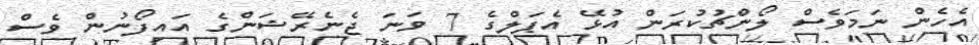
އެހެން ނަމަވެސް ލޯންޗުކުރަން އުޅޭ އެޕަލްގެ 7 ވަނަ ޖެނެރޭޝަންގެ އައިފޯނުން ވެސް